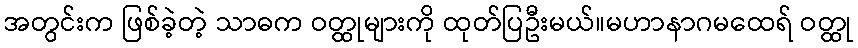
အတွင်းက ဖြစ်ခဲ့တဲ့ သာဓက ဝတ္ထုများကို ထုတ်ပြဦးမယ်။မဟာနာဂမထေရ် ဝတ္ထု